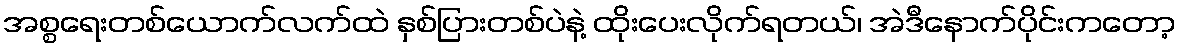
အစ္စရေးတစ်ယောက်လက်ထဲ နှစ်ပြားတစ်ပဲနဲ့ ထိုးပေးလိုက်ရတယ်၊ အဲဒီနောက်ပိုင်းကတော့